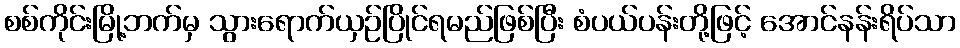
စစ်ကိုင်းမြို့ဘက်မှ သွားရောက်ယှဉ်ပြိုင်ရမည်ဖြစ်ပြီး စံပယ်ပန်းတို့ဖြင့် အောင်နန်းရိပ်သာ